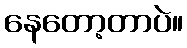
နေတော့တာပဲ။